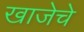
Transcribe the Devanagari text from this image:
खाजेचे